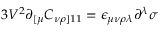
3 V ^ { 2 } \partial _ { [ \mu } C _ { \nu \rho ] 1 1 } = \epsilon _ { \mu \nu \rho \lambda } \partial ^ { \lambda } \sigma